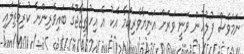
ނަމަވެސް ފުލުހުން ވަނީ ވަރަށް އަނިޔާވެރިކަމާ އެކު އެ އިހުތިޖާޖުގެ ބައިވެރިންނާ ކުރިމަތިލައި